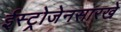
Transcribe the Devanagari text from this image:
ईस्ट्रोजेनसारखे